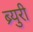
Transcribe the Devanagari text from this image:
ब्र्युरी